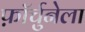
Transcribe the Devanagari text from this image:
फ़ॉर्चुनेला